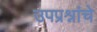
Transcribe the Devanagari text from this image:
उपप्रश्नांचे